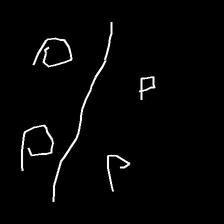
Glyph: cool